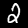
Label: 2